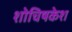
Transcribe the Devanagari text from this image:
शोचिषकेश